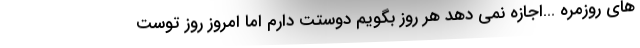
هاي روزمره …اجازه نمی دهد هر روز بگویم دوستت دارم اما امروز روز توست